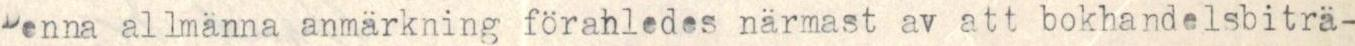
Denna allmänna anmärkning förahledes närmast av att bokhandelsbiträ-